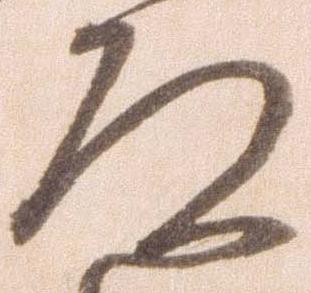
道